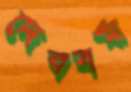
দেববর্মা